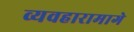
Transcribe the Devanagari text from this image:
व्यवहारामागे